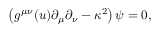
\left( g ^ { \mu \nu } ( u ) \partial _ { \mu } \partial _ { \nu } - \kappa ^ { 2 } \right) \psi = 0 ,